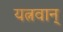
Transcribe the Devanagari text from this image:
यत्नवान्